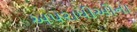
અપરાધીઓના